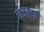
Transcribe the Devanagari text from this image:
खडबडत